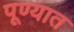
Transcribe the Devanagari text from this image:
पूण्यात